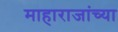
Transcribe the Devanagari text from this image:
माहाराजांच्या